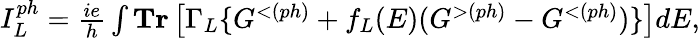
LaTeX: \begin{array}{r}{I_{L}^{ph}=\frac{ie}{h}\int\textbf{Tr}\left[\Gamma_{L}\{ G^{<(ph)}+f_{L}(E)(G^{>(ph)}-G^{<(ph)})\} \right]dE,}\end{array}